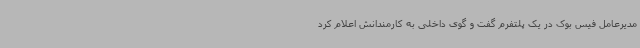
مدیرعامل فیس بوک در یک پلتفرم گفت و گوی داخلی به کارمندانش اعلام کرد